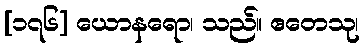
[၁၇၆] ယောနရော၊ သည်။ ဧတေသု၊